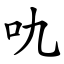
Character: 㕤